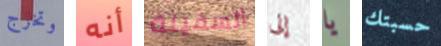
وتخرج أنه السفينة إلى يا حسبتك